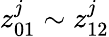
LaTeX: z_{01}^{j}\sim z_{12}^{j}